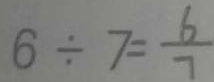
6 \div 7 = \frac { 6 } { 7 }